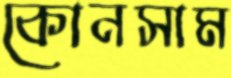
কোনসাম